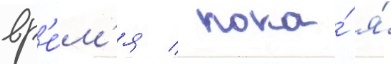
вр'е́м'я / пока́ я́